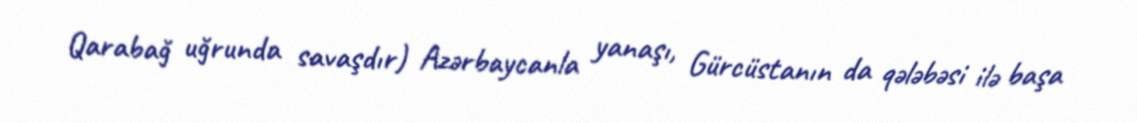
Qarabağ uğrunda savaşdır) Azərbaycanla yanaşı, Gürcüstanın da qələbəsi ilə başa